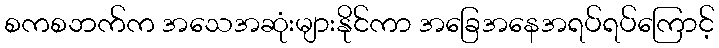
စကစဘက်က အသေအဆုံးများနိုင်ကာ အခြေအနေအရပ်ရပ်ကြောင့်